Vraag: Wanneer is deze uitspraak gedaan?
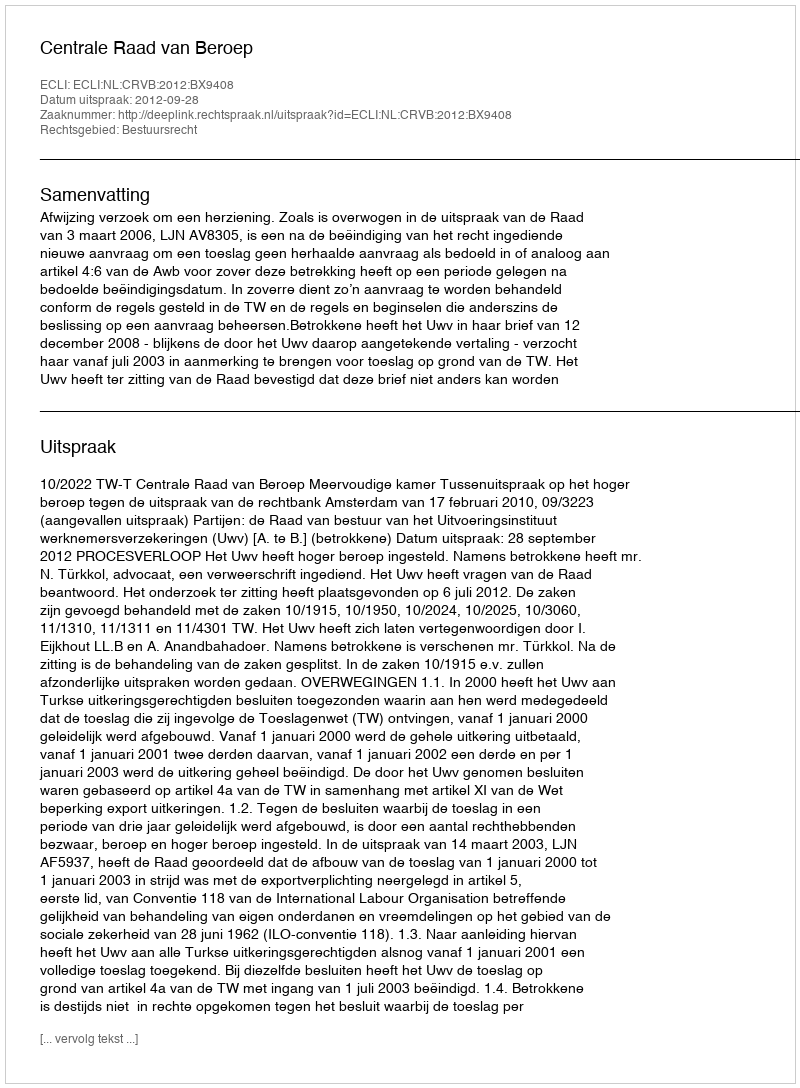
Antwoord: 2012-09-28